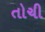
તોચી